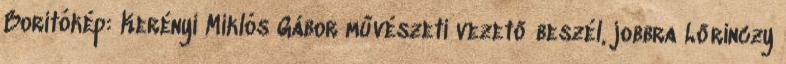
Borítókép: Kerényi Miklós Gábor művészeti vezető beszél, jobbra Lőrinczy